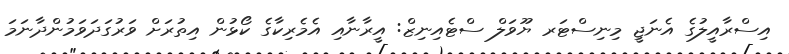
އިސްރާއީލުގެ އެނަޖީ މިނިސްޓަރ ޔޫވަލް ސްޓެއިނިޒް: އީރާނާއި އެމެރިކާގެ ކޯޅުން އިތުރަށް ވަރުގަދަވަމުންދާނަމަ